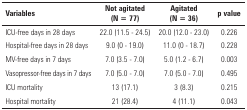
<table><thead><tr><td><b>Variables</b></td><td><b>Not agitated(N = 77)</b></td><td><b>Agitated(N = 36)</b></td><td><b>p value</b></td></tr></thead><tbody><tr><td>ICU-free days in 28 days</td><td>22.0 (11.5 - 24.5)</td><td>20.0 (12.0 - 23.0)</td><td>0.226</td></tr><tr><td>Hospital-free days in 28 days</td><td>9.0 (0 - 19.0)</td><td>11.0 (0 - 18.7)</td><td>0.228</td></tr><tr><td>MV-free days in 7 days</td><td>7.0 (3.5 - 7.0)</td><td>5.0 (1.2 - 6.7)</td><td>0.003</td></tr><tr><td>Vasopressor-free days in 7 days</td><td>7.0 (5.0 - 7.0)</td><td>7.0 (5.0 - 7.0)</td><td>0.495</td></tr><tr><td>ICU mortality</td><td>13 (17.1)</td><td>3 (8.3)</td><td>0.215</td></tr><tr><td>Hospital mortality</td><td>21 (28.4)</td><td>4 (11.1)</td><td>0.043</td></tr></tbody></table>